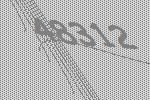
48312